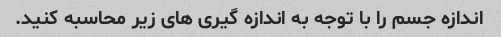
اندازه جسم را با توجه به اندازه گیری های زیر محاسبه کنید.